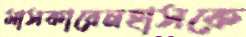
মাসকারেনহাসকে